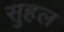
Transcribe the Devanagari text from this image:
सुहल